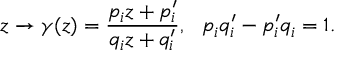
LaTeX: z \rightarrow \gamma ( z ) = \frac { p _ { i } z + p _ { i } ^ { \prime } } { q _ { i } z + q _ { i } ^ { \prime } } , ~ ~ p _ { i } q _ { i } ^ { \prime } - p _ { i } ^ { \prime } q _ { i } = 1 .